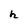
Character: h